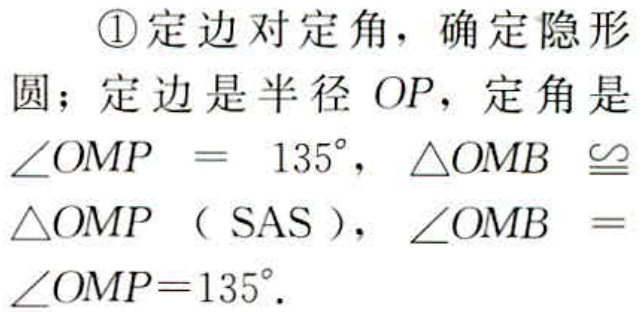
\textcircled{1}定边对定角，确定隐形

圆；定边是半径 \(OP\)，定角是

\(\angle OMP = 135^{\circ}\)，\(\triangle OMB\cong\)

\(\triangle OMP\)（\(SAS\)），\(\angle OMB =\)

\(\angle OMP = 135^{\circ}\)．